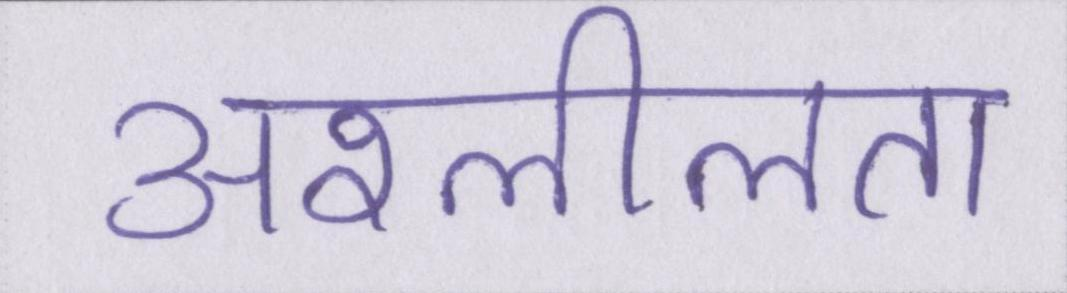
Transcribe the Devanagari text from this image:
अश्लीलता